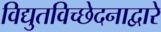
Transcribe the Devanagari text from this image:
विद्युतविच्छेदनाद्वारे